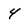
Character: 4